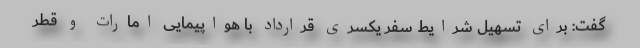
گفت: برای تسهیل شرایط سفر یکسری قرارداد با هواپیمایی امارات و قطر